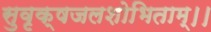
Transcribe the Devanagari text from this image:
सुवृक्षजलशोभिताम्।।